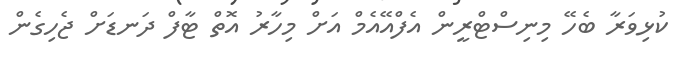
ކުޅިވަރާ ބެހޭ މިނިސްޓްރީން އެފްއޭއެމް އަށް މިހާރު އޮތް ޓާފް ދަނޑަށް ޖެހިގެން